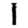
Digit: 1